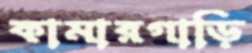
কামারগাড়ি